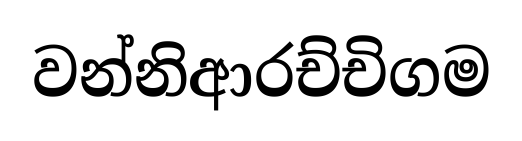
වන්නිආරච්චිගම